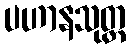
ပဟာနသုတ္တ